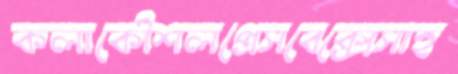
কলাকৌশলপ্রেসবেক্সেসাহ